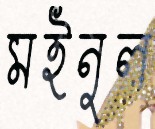
মইনুল